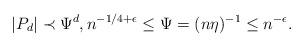
LaTeX: \begin{align*}|P_d| \prec \Psi^d, n^{-1/4+\epsilon} \leq \Psi=(n\eta)^{-1}\leq n^{-\epsilon}.\end{align*}